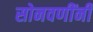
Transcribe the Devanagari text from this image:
सोनवणींनी